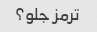
ترمز جلو؟